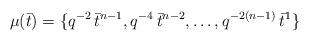
LaTeX: \begin{align*}\mu(\bar t)=\{q^{-2}\, \bar t^{n-1} , q^{-4}\, \bar t^{n-2},\dots,q^{-2(n-1)}\, \bar t^{1}\}\end{align*}